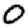
Digit: 0